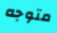
متوجه